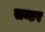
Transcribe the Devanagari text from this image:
सन्टर